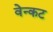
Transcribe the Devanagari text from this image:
वेन्कट